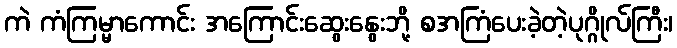
ကဲ ကံကြမ္မာကောင်း အကြောင်းဆွေးနွေးဘို့ စအကြံပေးခဲ့တဲ့ပုဂ္ဂိုလ်ကြီး၊